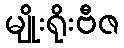
မျိုးရိုးဗီဇ